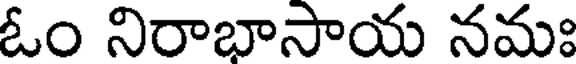
ఓం నిరాభాసాయ నమః